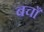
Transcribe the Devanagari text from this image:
बचाँ